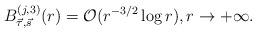
LaTeX: \begin{align*}B_{\vec\tau, \vec s}^{(j,3)}(r)=\mathcal O(r^{-3/2}\log r),r\to +\infty.\end{align*}